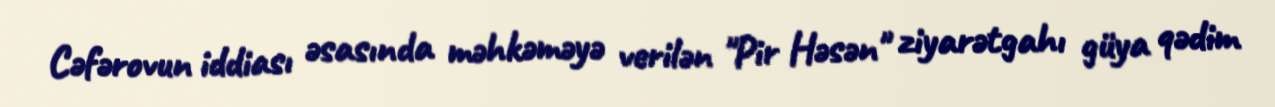
Cəfərovun iddiası əsasında məhkəməyə verilən "Pir Həsən" ziyarətgahı güya qədim